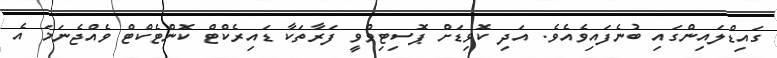
ގައިޑްލައިންގައި ބުނެފައިވެއެވެ. އަދި ކޮވިޑަށް ޕޮސިޓިވްވީ ފަރާތަކާ ޑައިރެކްޓް ކޮންޓެކްޓް ވެއްޖެނަމަ އެ